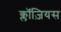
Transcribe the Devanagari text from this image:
क्लॉज़ियस